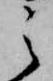
之